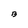
Character: B